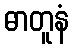
ဓာတူနံ